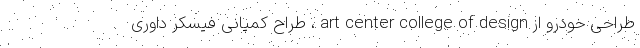
طراحی خودرو از art center college of design ، طراح کمپانی فیسکر داوری